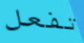
تفعل